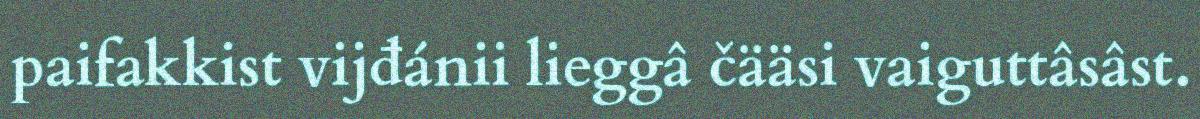
paifakkist vijđánii lieggâ čääsi vaiguttâsâst.